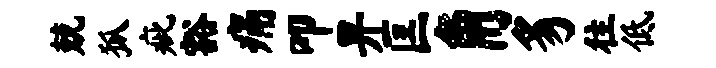
兢狐疵豁痛叩畀匡角豸往低